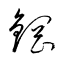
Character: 鋼